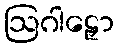
ဩဂါဠှော